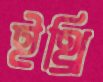
ইথ্রি